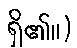
ရှိ၏။)